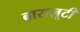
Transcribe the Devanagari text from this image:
बाराज़ूटी